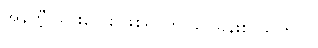
အန်တီ့ သားလေး ဖြစ်ရပ်ကို သင်ခန်းစာယူကြပါ။